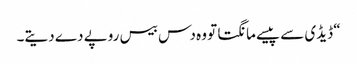
“ ڈیڈی سے پیسے مانگتا تو وہ دس بیس روپے دے دیتے۔